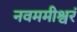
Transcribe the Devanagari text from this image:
नवममीश्वरं